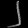
Digit: ၂